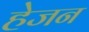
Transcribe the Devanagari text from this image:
हेजन